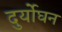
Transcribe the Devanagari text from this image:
दुर्योघन